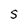
Character: S